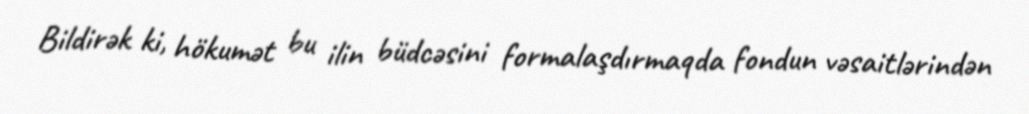
Bildirək ki, hökumət bu ilin büdcəsini formalaşdırmaqda fondun vəsaitlərindən